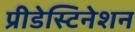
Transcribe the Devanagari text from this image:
प्रीडेस्टिनेशन